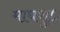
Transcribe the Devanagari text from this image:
माघशु०